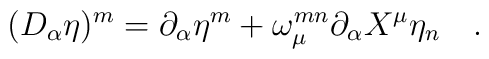
(D_\alpha \eta)^m = \partial_\alpha \eta^m + \omega_\mu^{mn}\partial_\alpha X^\mu \eta_n \quad .